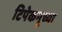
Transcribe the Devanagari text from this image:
टिपेकनूच्या